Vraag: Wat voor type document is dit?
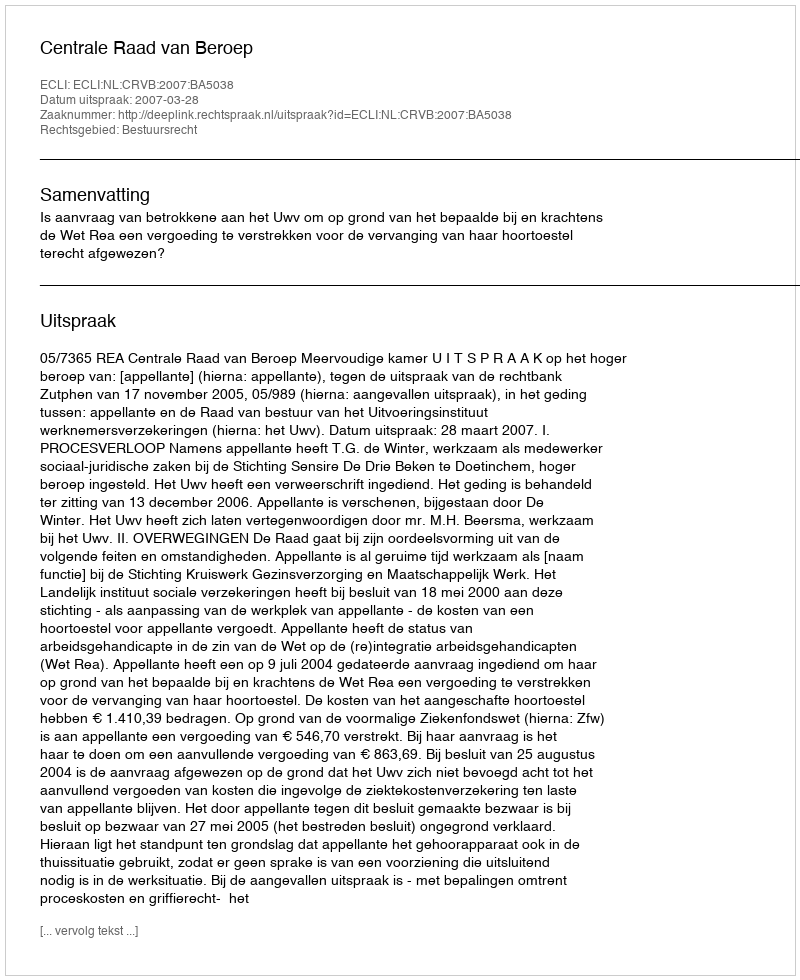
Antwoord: Uitspraak